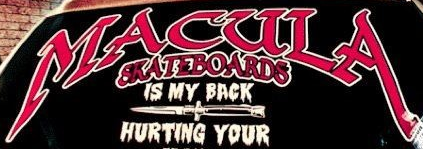
MACULA